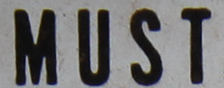
MUST